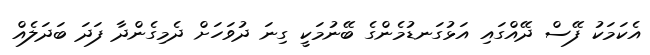
އެކަމަކު ފޭސް ދޭއްގައި އަޅުގަނޑުމެންގެ ބޭނުމަކީ ގިނަ ދުވަހަށް ދެމިގެންދާ ފަދަ ބަދަލެއް